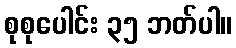
စုစုပေါင်း ၃၅ ဘတ်ပါ။